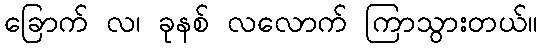
ခြောက် လ၊ ခုနစ် လလောက် ကြာသွားတယ်။